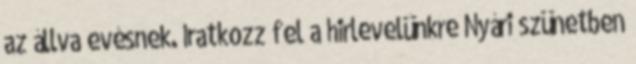
az állva evésnek. Iratkozz fel a hirlevelünkre Nyári szünetben